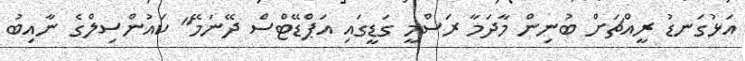
އަޅުގަނޑު ރީއްޗަށް ބުނިން މާދަމާ ރަސްމީ ގަޑީގައި އަޕްޑޭޓްސް ދޭނަމޭ" ކައުންސިލްގެ ނާއިބު